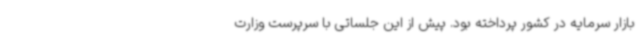
بازار سرمایه در کشور پرداخته بود. پیش از این جلساتی با سرپرست وزارت